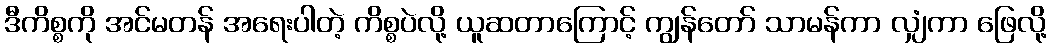
ဒီကိစ္စကို အင်မတန် အရေးပါတဲ့ ကိစ္စပဲလို့ ယူဆတာကြောင့် ကျွန်တော် သာမန်ကာ လျှံကာ ဖြေလို့